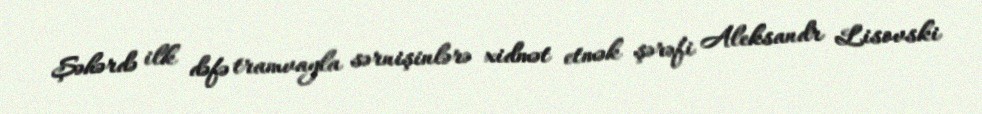
Şəhərdə ilk dəfə tramvayla sərnişinlərə xidmət etmək şərəfi Aleksandr Lisovski